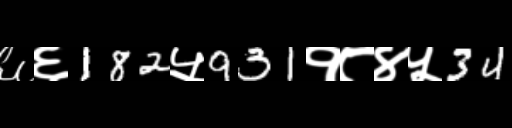
Text: ६६182५931१८४५34